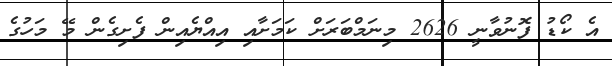
އެ ކޯޑު ފޮނުވާނީ 2626 މިނަމްބަރަށް ކަމަށާއި އިއްޔެއިން ފެށިގެން މޭ މަހުގެ